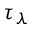
\tau _ { \lambda }